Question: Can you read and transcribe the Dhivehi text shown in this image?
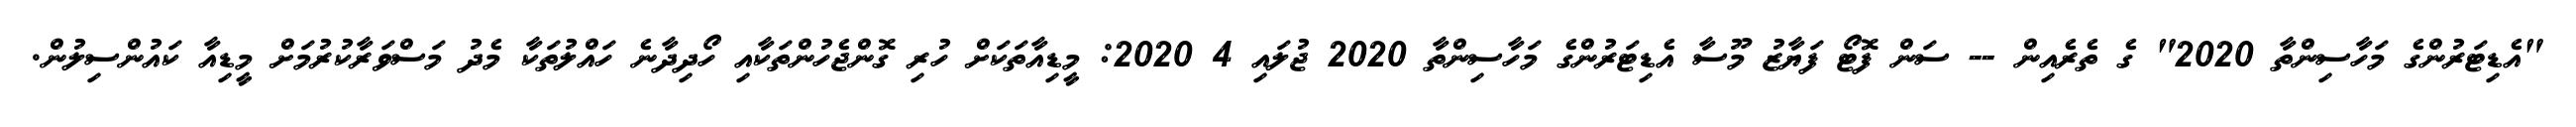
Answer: "އެޑިޓަރުންގެ މަހާސިންތާ 2020" ގެ ތެރެއިން -- ސަން ފޮޓޯ ފަޔާޒު މޫސާ އެޑިޓަރުންގެ މަހާސިންތާ 2020 ޖުލައި 4 2020: މީޑިއާތަކަށް ހުރި ގޮންޖެހުންތަކާއި ހޯދިދާނެ ހައްލުތަކާ މެދު މަސްވަރާކުރުމަށް މީޑިއާ ކައުންސިލުން.